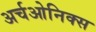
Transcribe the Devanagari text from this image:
अर्चओनिक्स